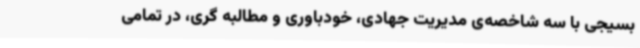
بسیجی با سه شاخصه‌ی مدیریت جهادی، خودباوری و مطالبه گری، در تمامی